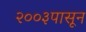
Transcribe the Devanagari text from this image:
२००३पासून